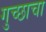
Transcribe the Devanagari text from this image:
गुच्छाचा